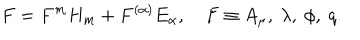
F = F ^ { m } H _ { m } + F ^ { ( \alpha ) } E _ { \alpha } , \quad F \equiv A _ { \mu } , ~ \lambda , ~ \phi , ~ q .